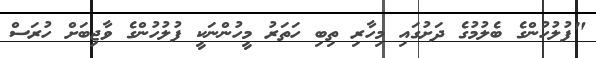
"ފުލުހުންގެ ބެލުމުގެ ދަށުގައި މިހާރި ތިބި ހަތަރު މީހުންނަކީ ފުލުހުންގެ ވާޖިބަށް ހުރަސް